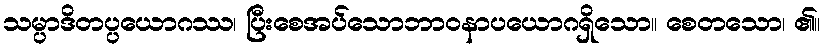
သမ္ပာဒိတပ္ပယောဂဿ၊ ပြီးစေအပ်သောဘာဝနာပယောဂရှိသော။ စေတသော၊ ၏။